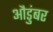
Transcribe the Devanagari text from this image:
औडुंबर